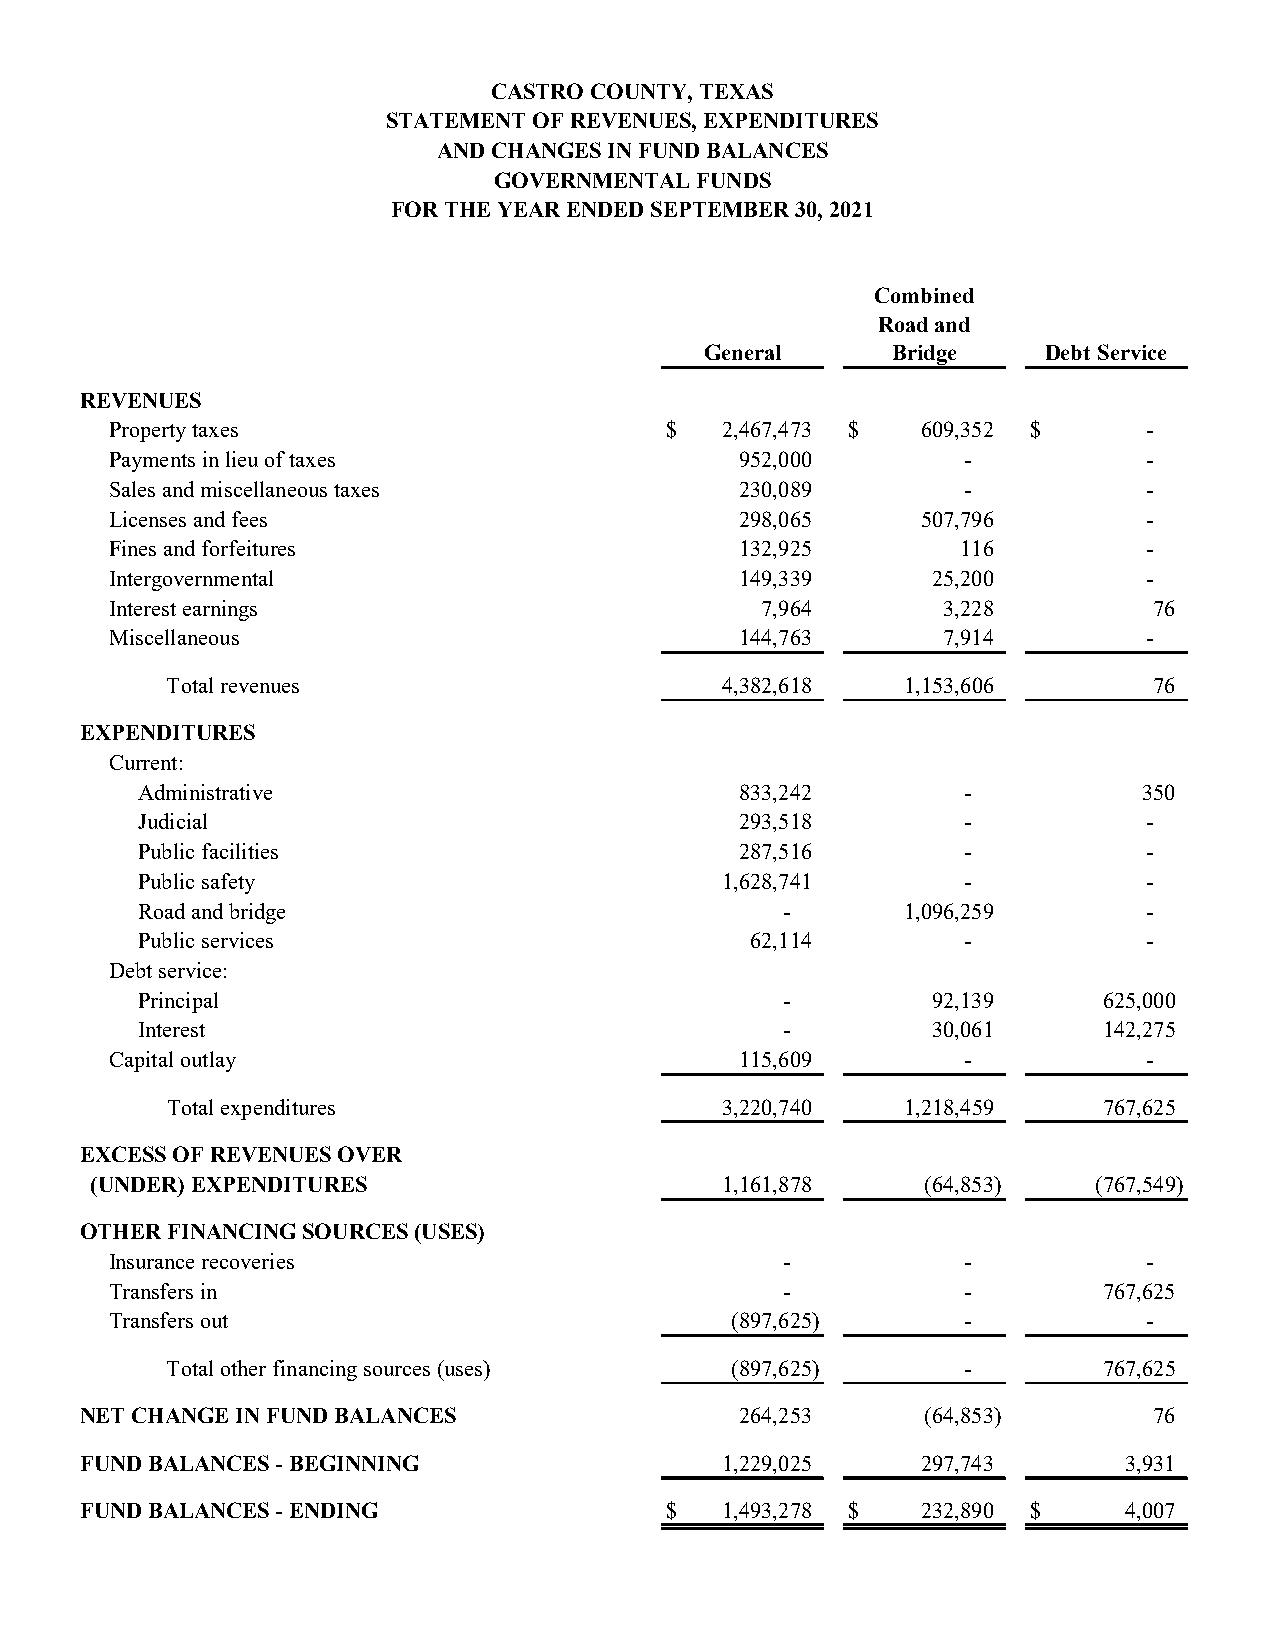
CASTRO COUNTY, TEXAS
 STATEMENT OF REVENUES, EXPENDITURES
 AND CHANGES IN FUND BALANCES
 GOVERNMENTAL FUNDS
 FOR THE YEAR ENDED SEPTEMBER 30, 2021
 Combined
 Road and
 General     Bridge    Debt Service
 REVENUES
 Property taxes                       $   2,467,473 $  609,352 $      -
 Payments in lieu of taxes                 952,000        -           -
 Sales and miscellaneous taxes             230,089        -           -
 Licenses and fees                         298,065     507,796        -
 Fines and forfeitures                     132,925        116         -
 Intergovernmental                         149,339      25,200        -
 Interest earnings                          7,964       3,228         76
 Miscellaneous                             144,763      7,914         -
 Total revenues                       4,382,618   1,153,606       76
 EXPENDITURES
 Current:
 Administrative                          833,242        -           350
 Judicial                                293,518        -           -
 Public facilities                       287,516        -           -
 Public safety                          1,628,741       -           -
 Road and bridge                            -       1,096,259       -
 Public services                          62,114        -           -
 Debt service:
 Principal                                  -         92,139     625,000
 Interest                                   -         30,061     142,275
 Capital outlay                            115,609        -           -
 Total expenditures                   3,220,740   1,218,459    767,625
 EXCESS OF REVENUES OVER
 (UNDER) EXPENDITURES                      1,161,878    (64,853)   (767,549)
 OTHER FINANCING SOURCES (USES)
 Insurance recoveries                         -           -           -
 Transfers in                                 -           -        767,625
 Transfers out                            (897,625)       -           -
 Total other financing sources (uses) (897,625)       -        767,625
 NET CHANGE IN FUND BALANCES                 264,253     ( 64,853)      76
 FUND BALANCES - BEGINNING                  1,229,025    297,743      3,931
 FUND BALANCES - ENDING                 $   1,493,278 $  232,890 $    4,007